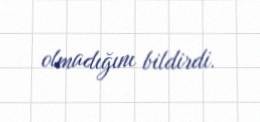
olmadığını bildirdi.